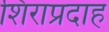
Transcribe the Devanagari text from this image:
शिराप्रदाह